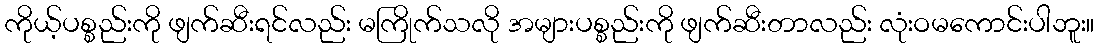
ကိုယ့်ပစ္စည်းကို ဖျက်ဆီးရင်လည်း မကြိုက်သလို အများပစ္စည်းကို ဖျက်ဆီးတာလည်း လုံးဝမကောင်းပါဘူး။